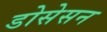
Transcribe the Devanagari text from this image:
डोसेसन